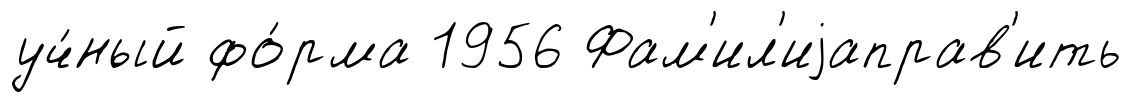
уч́ный фо́рма 1956 Фам'ил'иjаправ'ить